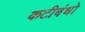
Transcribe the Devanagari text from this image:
कटीबंधो